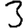
Digit: 3